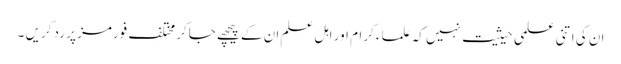
ان کی اتنی علمی حیثیت نہیں کہ علماء کرام اور اہل علم ان کے پیچھے جاکر مختلف فورمز پر رد کریں ۔